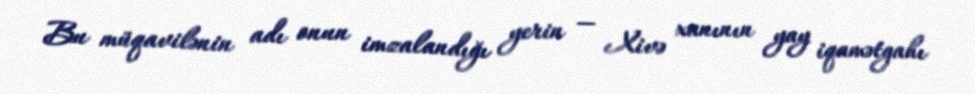
Bu müqavilənin adı onun imzalandığı yerin — Xivə xanının yay iqamətgahı